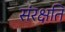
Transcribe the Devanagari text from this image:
संरक्षति